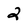
Character: 2